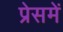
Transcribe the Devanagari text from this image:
प्रेसमें